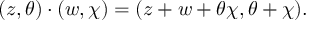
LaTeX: ( z , \theta ) \cdot ( w , \chi ) = ( z + w + \theta \chi , \theta + \chi ) .